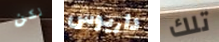
لكن داريوس تلك